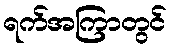
ရက်အကြာတွင်